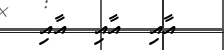
އާއި  އާއި  އާއި